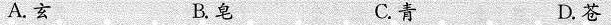
A.玄 B.皂 C.青 D.苍